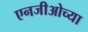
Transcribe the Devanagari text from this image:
एनजीओच्या